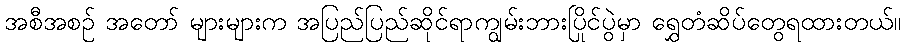
အစီအစဉ် အတော် များများက အပြည်ပြည်ဆိုင်ရာကျွမ်းဘားပြိုင်ပွဲမှာ ရွှေတံဆိပ်တွေရထားတယ်။